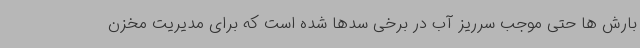
بارش ها حتی موجب سرریز آب در برخی سدها شده است که برای مدیریت مخزن